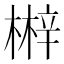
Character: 𣘲